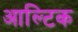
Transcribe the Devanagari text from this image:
आल्टिक